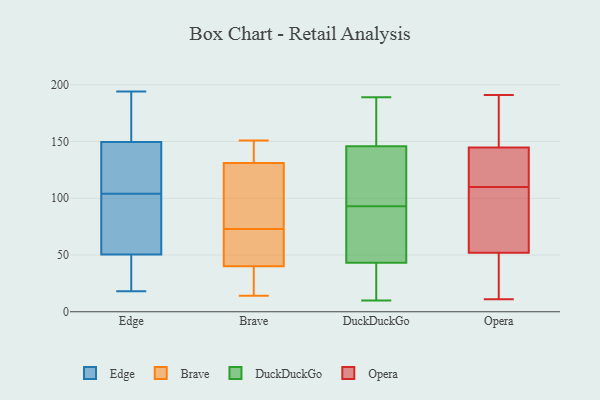
{"axis": {"x": "Demand Index", "y": "Value"}, "legend": ["Brave", "DuckDuckGo", "Edge", "Opera"], "data": [{"x": "", "y": 83, "type": "Edge"}, {"x": "", "y": 130, "type": "Edge"}, {"x": "", "y": 68, "type": "Edge"}, {"x": "", "y": 59, "type": "Edge"}, {"x": "", "y": 90, "type": "Edge"}, {"x": "", "y": 118, "type": "Edge"}, {"x": "", "y": 123, "type": "Edge"}, {"x": "", "y": 38, "type": "Edge"}, {"x": "", "y": 41, "type": "Edge"}, {"x": "", "y": 194, "type": "Edge"}, {"x": "", "y": 185, "type": "Edge"}, {"x": "", "y": 167, "type": "Edge"}, {"x": "", "y": 46, "type": "Edge"}, {"x": "", "y": 34, "type": "Edge"}, {"x": "", "y": 18, "type": "Edge"}, {"x": "", "y": 55, "type": "Edge"}, {"x": "", "y": 132, "type": "Edge"}, {"x": "", "y": 125, "type": "Edge"}, {"x": "", "y": 167, "type": "Edge"}, {"x": "", "y": 173, "type": "Edge"}, {"x": "", "y": 151, "type": "Brave"}, {"x": "", "y": 64, "type": "Brave"}, {"x": "", "y": 145, "type": "Brave"}, {"x": "", "y": 82, "type": "Brave"}, {"x": "", "y": 48, "type": "Brave"}, {"x": "", "y": 14, "type": "Brave"}, {"x": "", "y": 16, "type": "Brave"}, {"x": "", "y": 40, "type": "Brave"}, {"x": "", "y": 95, "type": "Brave"}, {"x": "", "y": 131, "type": "Brave"}, {"x": "", "y": 150, "type": "DuckDuckGo"}, {"x": "", "y": 31, "type": "DuckDuckGo"}, {"x": "", "y": 179, "type": "DuckDuckGo"}, {"x": "", "y": 189, "type": "DuckDuckGo"}, {"x": "", "y": 60, "type": "DuckDuckGo"}, {"x": "", "y": 42, "type": "DuckDuckGo"}, {"x": "", "y": 10, "type": "DuckDuckGo"}, {"x": "", "y": 123, "type": "DuckDuckGo"}, {"x": "", "y": 47, "type": "DuckDuckGo"}, {"x": "", "y": 93, "type": "DuckDuckGo"}, {"x": "", "y": 133, "type": "DuckDuckGo"}, {"x": "", "y": 147, "type": "Opera"}, {"x": "", "y": 61, "type": "Opera"}, {"x": "", "y": 11, "type": "Opera"}, {"x": "", "y": 119, "type": "Opera"}, {"x": "", "y": 49, "type": "Opera"}, {"x": "", "y": 157, "type": "Opera"}, {"x": "", "y": 11, "type": "Opera"}, {"x": "", "y": 191, "type": "Opera"}, {"x": "", "y": 85, "type": "Opera"}, {"x": "", "y": 32, "type": "Opera"}, {"x": "", "y": 110, "type": "Opera"}, {"x": "", "y": 98, "type": "Opera"}, {"x": "", "y": 183, "type": "Opera"}, {"x": "", "y": 138, "type": "Opera"}, {"x": "", "y": 134, "type": "Opera"}]}